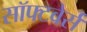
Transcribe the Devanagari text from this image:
सॉफ्टवेर्स